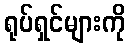
ရုပ်ရှင်များကို